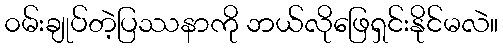
၀မ်းချုပ်တဲ့ပြဿနာကို ဘယ်လိုဖြေရှင်းနိုင်မလဲ။